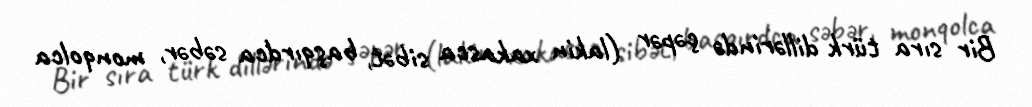
Bir sıra türk dillərində çəpər (lakin xakasca sibət, başqırdca səbər, monqolca